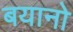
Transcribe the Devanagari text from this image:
बयानो